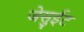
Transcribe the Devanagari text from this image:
जेसुईट